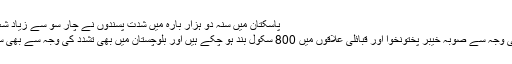
پاسکتان میں سنہ دو ہزار بارہ میں شدت پسندوں نے چار سو سے زیاد شعیہ افراد کو نشانہ بنا کر قلتل کیا
ادھر شدت پسندوں کے حملوں کی وجہ سے صوبہ خیبر پختونخوا اور قبائلی علاقوں میں 800 سکول بند ہو چکے ہیں اور بلوچستان میں بھی تشدد کی وجہ سے بھی سینکڑوں پرائمری سکول بند ہیں۔